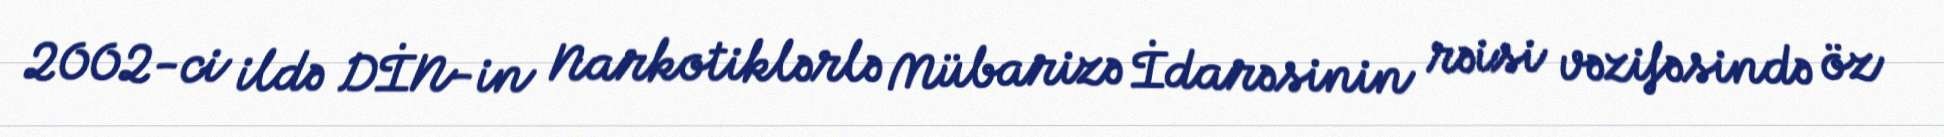
2002-ci ildə DİN-in Narkotiklərlə Mübarizə İdarəsinin rəisi vəzifəsində öz